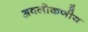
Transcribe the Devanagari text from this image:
अवलोकणीय